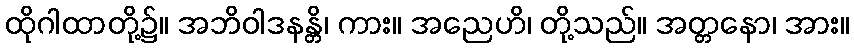
ထိုဂါထာတို့၌။ အဘိဝါဒနန္တိ၊ ကား။ အညေဟိ၊ တို့သည်။ အတ္တနော၊ အား။